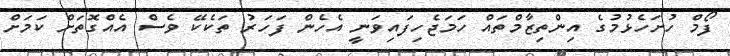
ފޯމް ހުށަހެޅުމުގެ އިންތިޒާމްތައް ހަމަޖެހިފައިވަނީ އެހެން ފަހަރު ތަކެކޭ ވެސް އެއްގޮތަށް ކަމަށް